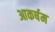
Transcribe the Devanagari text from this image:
आकर्षम